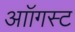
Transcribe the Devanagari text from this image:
आॉगस्ट